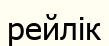
рейлік